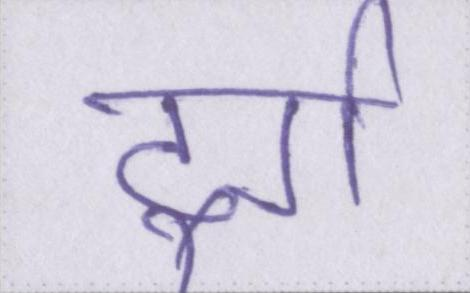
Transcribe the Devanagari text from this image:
दुर्ग